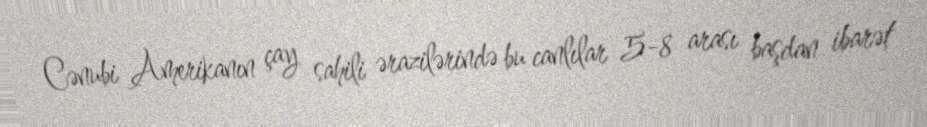
Cənubi Amerikanın çay sahili ərazilərində bu canlılar 5-8 arası başdan ibarət